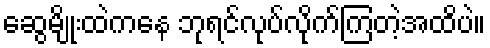
ဆွေမျိုးထဲကနေ ဘုရင်လုပ်လိုက်ကြတဲ့အထိပဲ။